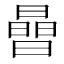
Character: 𪱈